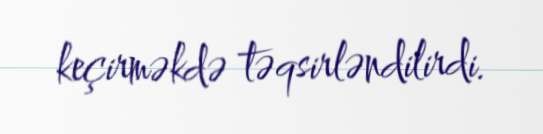
keçirməkdə təqsirləndilirdi.